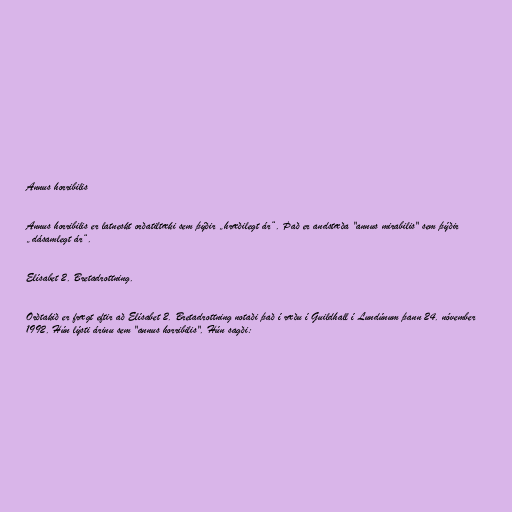
Annus horribilis

Annus horribilis er latneskt orðatiltæki sem þýðir „hræðilegt ár“. Það er andstæða "annus mirabilis" sem þýðir
„dásamlegt ár“.

Elísabet 2. Bretadrottning.

Orðtakið er frægt eftir að Elísabet 2. Bretadrottning notaði það í ræðu í Guildhall í Lundúnum þann 24. nóvember
1992. Hún lýsti árinu sem "annus horribilis". Hún sagði: